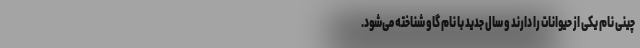
چینی نام یکی از حیوانات را دارند و سال جدید با نام گاو شناخته می‌شود.